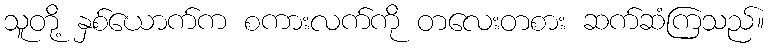
သူတို့ နှစ်ယောက်က စကားလက်ကို တလေးတစား ဆက်ဆံကြသည်။